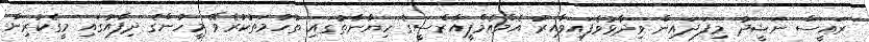
ރައީސް ނަޝީދު މިފަދައިން ވިދާޅުވެފައިވާއިރު އެމްއެމްޕީއާރްސީގެ ހިޔާނާތުގައި ތުހުމަތުކުރެވޭ މީހުންގެ ދިފާއުގައި މީގެކުރިން